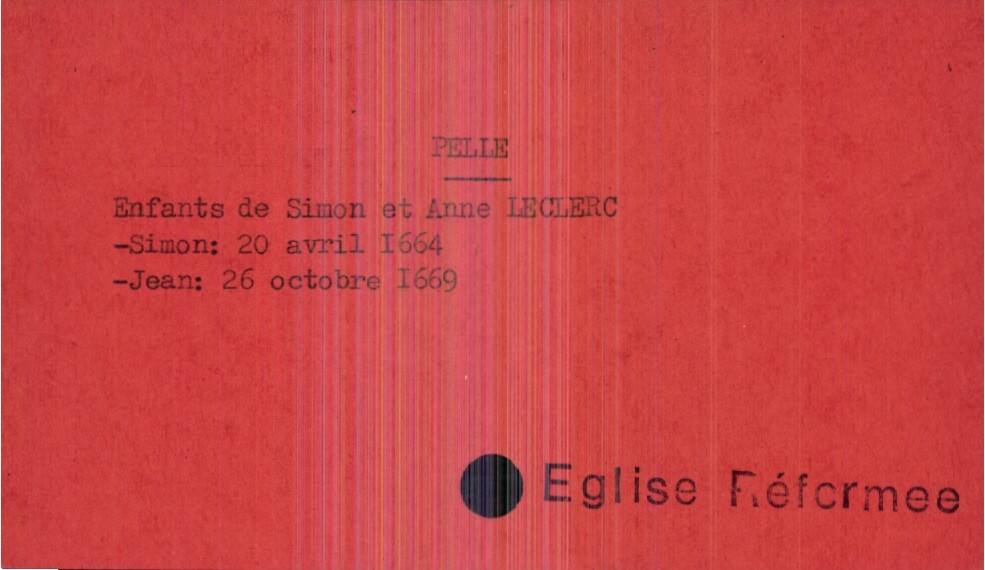
type_acte: Baptême
observations: Eglise Réformee
filiation: fils
enfant_prénom: Jean
enfant_date_de_naissance: 26 octobre 1669
père_enfant_nom: Pelle
père_enfant_prénom: Simon
mère_enfant_nom: Leclerc
mère_enfant_prénom: Anne